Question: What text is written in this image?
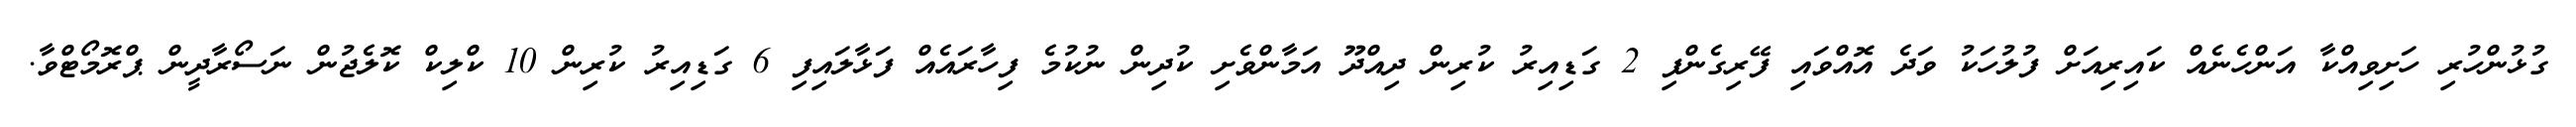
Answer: ގުޅުންހުރި ހަށިވިއްކާ އަންހެނެއް ކައިރިއަށް ފުލުހަކު ވަދެ އޮއްވައި ފޭރިގެންފި 2 ގަޑިއިރު ކުރިން ދިއްދޫ އަމާންވެށި ކުދިން ނުކުމެ ފިހާރައެއް ފަޅާލައިފި 6 ގަޑިއިރު ކުރިން 10 ކްލިކް ކޮލެޖުން ނަސޯރާދީން ޕްރޮމޯޓްވާ.